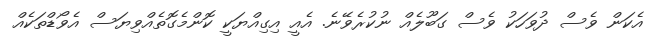
އެކަން ވެސް ދުވަހަކު ވެސް ގަބޫލެއް ނުކުރެވޭނެ. އެއީ އިގިއްޔަކީ ކޮންމެގޮތެއްވިޔަސް އެވޯޑްތަކެއް